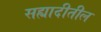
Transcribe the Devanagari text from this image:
सह्यादीतील